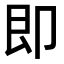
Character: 即